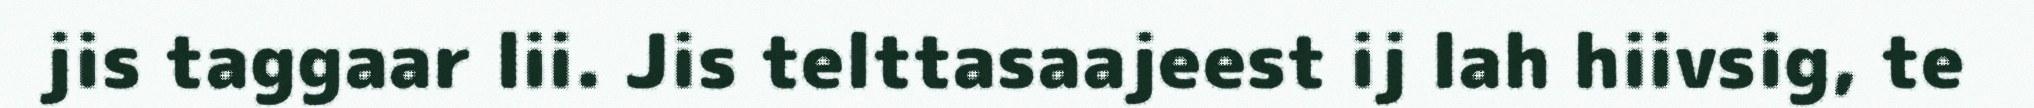
jis taggaar lii. Jis telttasaajeest ij lah hiivsig, te